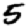
Digit: 5